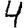
Digit: 4